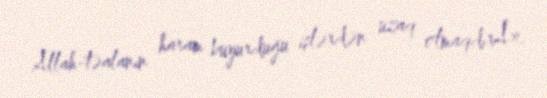
Allah-təalanın haram buyurduğu işlərdən uzaq olmaqdırÂ».